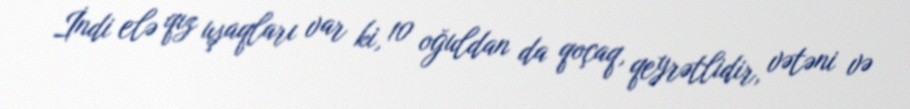
İndi elə qız uşaqları var ki, 10 oğuldan da qoçaq, qeyrətlidir, vətəni və